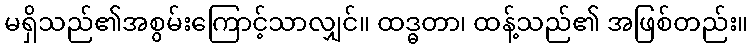
မရှိသည်၏အစွမ်းကြောင့်သာလျှင်။ ထဒ္ဓတာ၊ ထန့်သည်၏ အဖြစ်တည်း။